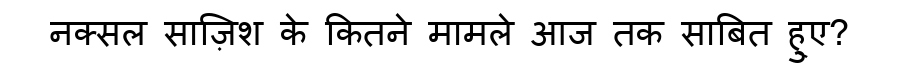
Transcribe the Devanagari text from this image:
नक्सल साज़िश के कितने मामले आज तक साबित हु्ए?